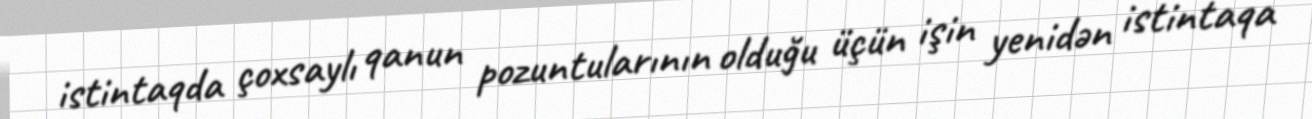
istintaqda çoxsaylı qanun pozuntularının olduğu üçün işin yenidən istintaqa